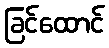
ခြင်ထောင်